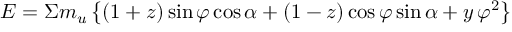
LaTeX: E = \Sigma m _ { u } \left\{ ( 1 + z ) \sin \varphi \cos \alpha + ( 1 - z ) \cos \varphi \sin \alpha + y \, \varphi ^ { 2 } \right\}